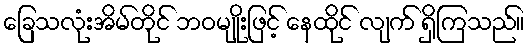
ခြေသလုံးအိမ်တိုင် ဘဝမျိုးဖြင့် နေထိုင် လျက် ရှိကြသည်။